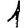
Digit: 1